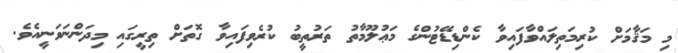
މި މަޤާމަށް ކުރިމަތިލައްވާފައިވާ ކެންޑިޑޭޓުންގެ މަޢުލޫމާތު ތަރުތީބު ކުރެވިފައިވާ ގޮތަށް ތިރީގައި މިދަންނަވަނީއެވެ.